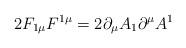
LaTeX: \begin{align*}2F_{1\mu}F^{1\mu}=2\partial_{\mu}A_1\partial^{\mu}A^1\end{align*}